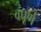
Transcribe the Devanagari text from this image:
वपूर्ण